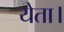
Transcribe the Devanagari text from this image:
येता।